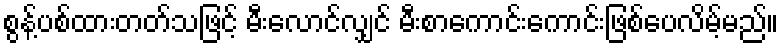
စွန့်ပစ်ထားတတ်သဖြင့် မီးလောင်လျှင် မီးစာကောင်းကောင်းဖြစ်ပေလိမ့်မည်။